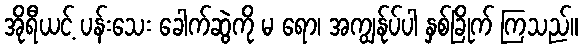
အိုရီယင့် ပန်းသေး ခေါက်ဆွဲကို မ ရော၊ အကျွန်ုပ်ပါ နှစ်ခြိုက် ကြသည်။